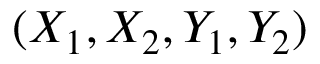
( X _ { 1 } , X _ { 2 } , Y _ { 1 } , Y _ { 2 } )